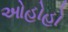
ઓહોહો